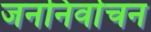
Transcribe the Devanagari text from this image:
जननिर्वाचन